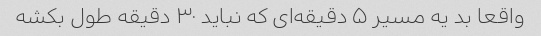
واقعا بد یه مسیر ۵ دقیقه‌ای که نباید ۳۰ دقیقه طول بکشه